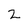
Character: 2